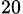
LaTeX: _{20}